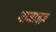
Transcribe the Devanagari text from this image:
नाजाइज़